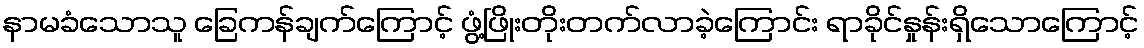
နာမခံသောသူ ခြေကန်ချက်ကြောင့် ဖွံ့ဖြိုးတိုးတက်လာခဲ့ကြောင်း ရာခိုင်နှုန်းရှိသောကြောင့်